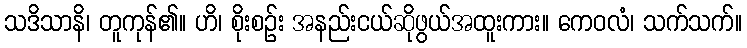
သဒိသာနိ၊ တူကုန်၏။ ဟိ၊ စိုးစဉ်း အနည်းငယ်ဆိုဖွယ်အထူးကား။ ကေဝလံ၊ သက်သက်။